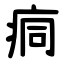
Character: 痌